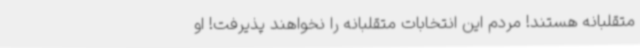
متقلبانه هستند! مردم این انتخابات متقلبانه را نخواهند پذیرفت! او